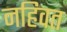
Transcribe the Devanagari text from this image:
नहिवत